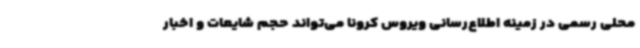
محلی رسمی در زمینه اطلاع‌رسانی ویروس کرونا می‌تواند حجم شایعات و اخبار